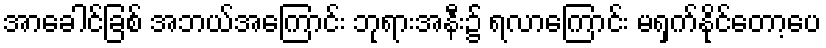
အာခေါင်ခြစ် အဘယ်အကြောင်း ဘုရားအနီး၌ ရလာကြောင်း မရှက်နိုင်တော့ပေ